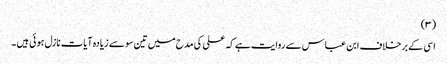
(٣)
اسی کے برخلاف ابن عباس سے روایت ہے کہ علی کی مدح میں تین سو سے زیادہ آیات نازل ہوئی ہیں ۔